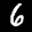
Label: 6